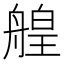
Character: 艎